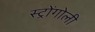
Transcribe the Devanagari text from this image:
स्ट्रोंगोली